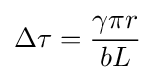
\Delta \tau ={\gamma \pi r \over bL}